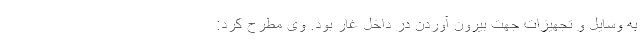
به وسایل و تجهیزات جهت بیرون آوردن در داخل غار بود. وی مطرح کرد: